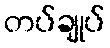
တပ်ချုပ်